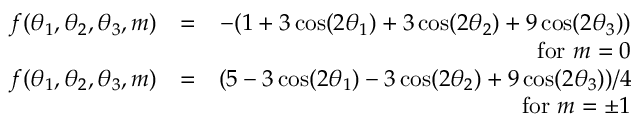
\begin{array} { r l r } { f ( \theta _ { 1 } , \theta _ { 2 } , \theta _ { 3 } , m ) } & { = } & { - ( 1 + 3 \cos ( 2 \theta _ { 1 } ) + 3 \cos ( 2 \theta _ { 2 } ) + 9 \cos ( 2 \theta _ { 3 } ) ) } \\ & { } & { \mathrm { f o r } \ m = 0 } \\ { f ( \theta _ { 1 } , \theta _ { 2 } , \theta _ { 3 } , m ) } & { = } & { ( 5 - 3 \cos ( 2 \theta _ { 1 } ) - 3 \cos ( 2 \theta _ { 2 } ) + 9 \cos ( 2 \theta _ { 3 } ) ) / 4 } \\ & { } & { \mathrm { f o r } \ m = \pm 1 } \end{array}